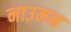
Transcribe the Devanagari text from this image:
नाउमन